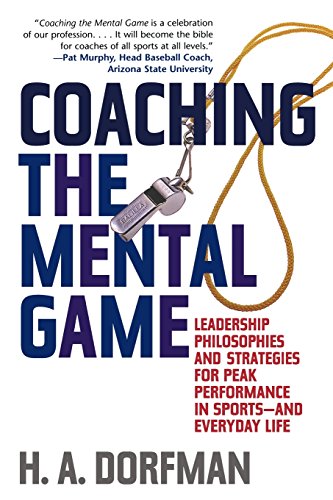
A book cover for Coaching the Mental Game: Leadership Philosophies and Strategies for Peak Performance in Sportsand Everyday Life; H.A. Dorfman; Medical Books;